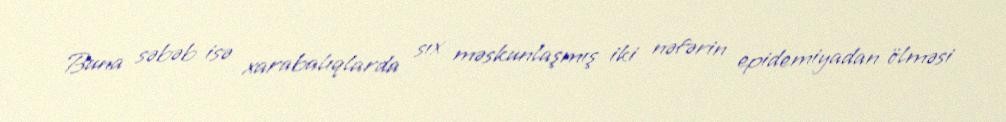
Buna səbəb isə xarabalıqlarda sıx məskunlaşmış iki nəfərin epidemiyadan ölməsi